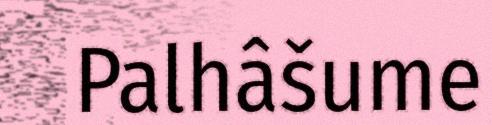
Palhâšume